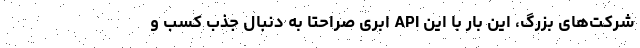
شرکت‌های بزرگ، این بار با این API ابری صراحتا به دنبال جذب کسب و